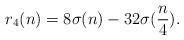
LaTeX: \begin{align*}r_{4}(n) = 8\sigma(n) - 32\sigma(\frac{n}{4}). \end{align*}